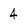
Character: 4